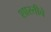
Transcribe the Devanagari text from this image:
शास्तीचे